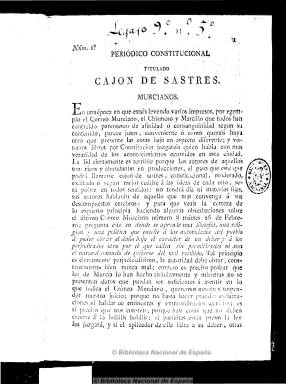
Título: Periódico constitucional titulado Cajón de sastres murcianos
Otros títulos: Cajón de sastres murcianos
Colección: Periódicos anteriores a 1850
Ámbito geográfico: Murcia
Lugar de publicación: Murcia
Fechas: 01/03/1822-15/03/1822

Debió comenzar a publicarse en los primeros días de marzo de 1822, sin periodicidad fija y sin datar sus números, pero con una frecuencia de unos dos números a la semana de entre cuatro y ocho páginas cada uno, con la intención de presentar los acontecimientos políticos locales “bajo un aspecto diferente”. Sus editores y principales redactores formaban parte del Regimiento de la Princesa, acantonado en la ciudad de Murcia.

Sin secciones fijas, sus contenidos son artículos políticos, algunos remitidos, dedicados en su mayor parte a impugnar los periódicos locales exaltados o comuneros, como Correo murciano, El chismoso y El redactor, a cuyos redactores califica de “canalla”. Gil Novales le tilda de “anillero”, lo que equivaldría a servil enmascarado y embustero, calificación que corrobora García Soriano al definirlo como “periódico realista disfrazado de constitucional”.

Publica asimismo suplementos y es estampado en la imprenta de un liberal declarado como Mariano Bellido, hasta su número 15. A partir del siguiente elimina el gentilicio de su título y comienza a salir de otra imprenta murciana.